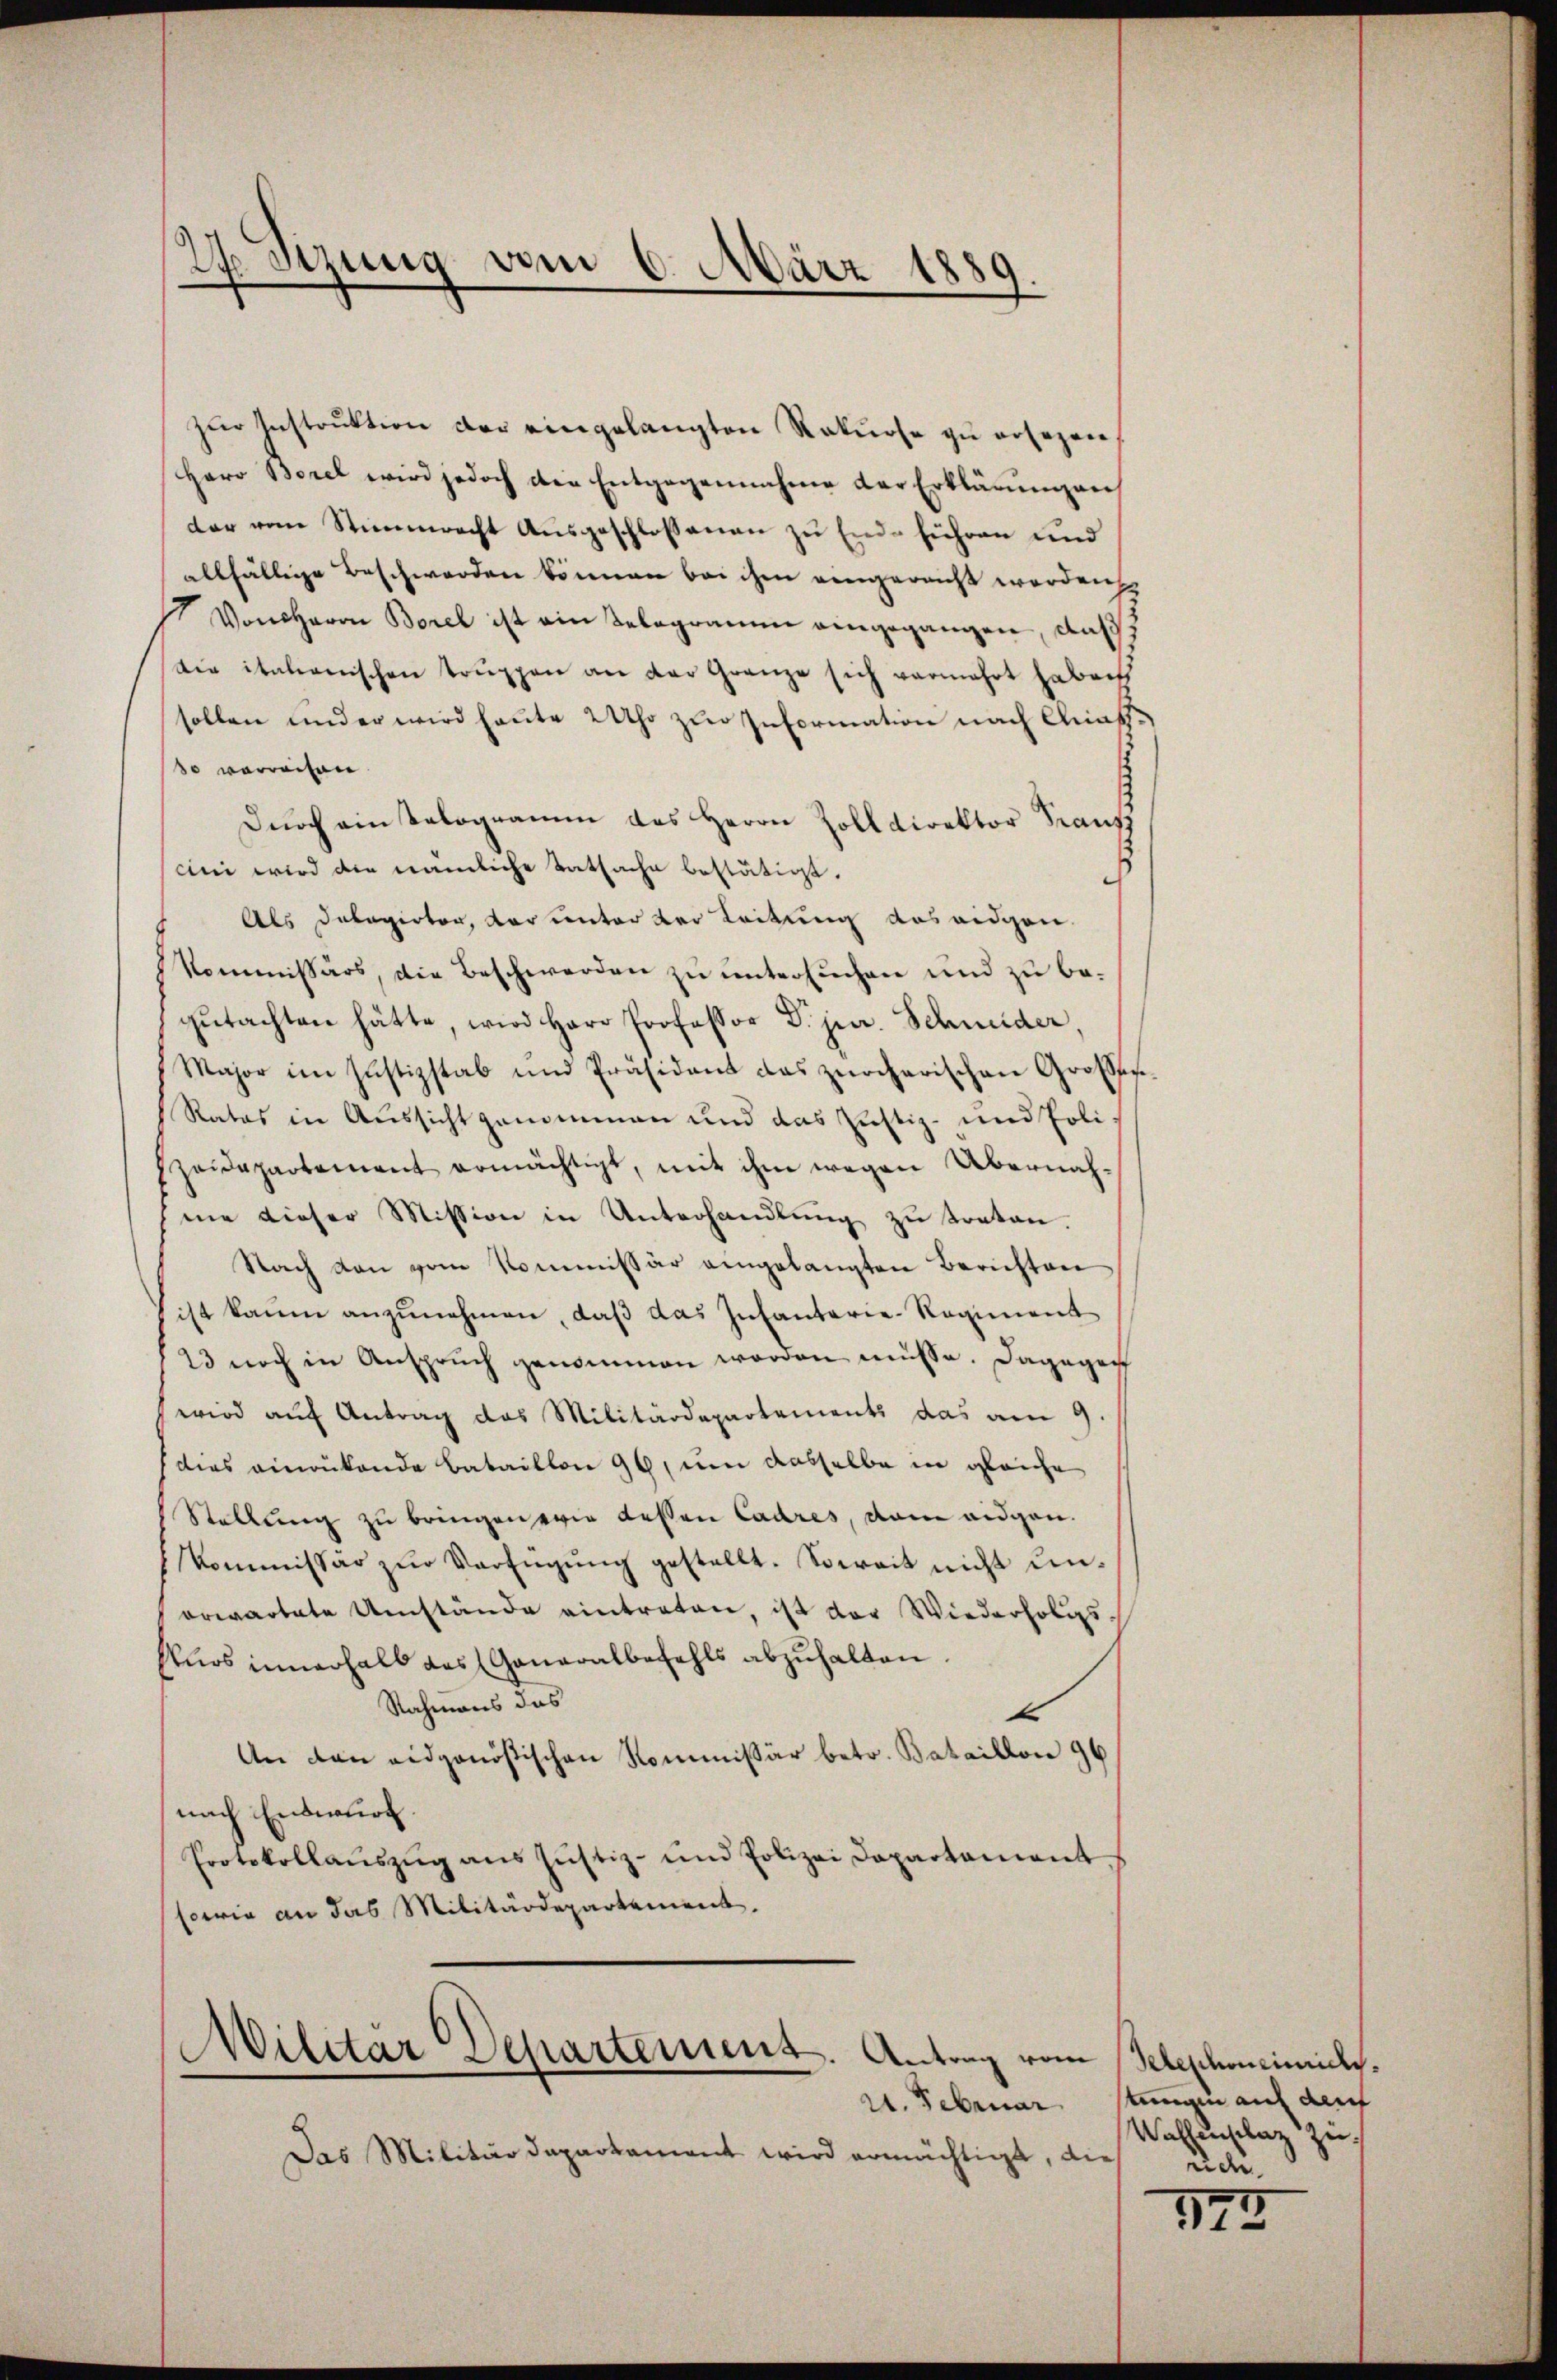
dt. Sizung vom 6. März 1889.

zŭr Instrŭktion der eingelangten Rekurse zu ersezen,
Herr Borel wird jedoch die Entgegennahme der Erklärungen
der vom Stimmrecht Ausgeschlossenen zu Ende führen und
allfällige Beschwerden können bei ihm eingereicht worden,
Von Herrn Borel ist ein Telegramm eingegangen, daß
die italienischen Truppen an der Gränze sich vermehrt haben
sollen und er wird heute 2 Uhr zur Information nach Class
so verweisen.
Dŭrch ein Kologramm des Herrn Zolldirektor Franz
cni wird die nämliche Tatsache bestätigt.
Als Dakopirter, der unter der Leitung aus eidgen.
Kommissärs, die Beschwerden zu untersuchen und zu begutachten hätte, wird Herr Professor Dr. jur. Schmider,
Major im Justizstab und Präsident das zürcherischen Gross-
Ratos in Aussicht genommen und das Justiz- und Polizeidepartement ermächtigt, mit ihm wegen Übernahme dieser Mission in Unterhandlung zu treten.
Nach den vom Kommissär eingelangten Berichten
ist kaum anzunehmen, daß das Infanterie-Regiment
23 noch in Anspruch genommen worden müsse. Dagegen
wird auf Antrag das Militärdepartements das am 9.
dies einrükende Bataillon 96, um dasselbe in gleiche
Stellung zu bringen wie dessen Cadres, dann eidgen.
kommissär zŭr Verfügŭng gestellt. Soweit nicht unorwartete Umstände eintreten, ist der Wiederholis
Enos innerhalb des (Ganaralbefehls abzuhalten.
Nahmens das
t
An dan eidgenößischen Kommissär betr. Bataillon 96
nach Entwurf.
Protokollaŭszŭg ans Jŭstiz- und Polizei Departament
sowie an das Militärdepartement.

Wilitar Separtenunz. Antrag vom
2. Februar

Das Militärdepartament wird ermächtigt, die

Teledoneinrichs.
stungen auf auf
Wahlenselaz zu
uche.

373